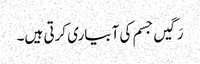
رَگیں جسم کی آبیاری کرتی ہیں۔